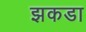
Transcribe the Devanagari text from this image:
झकडा